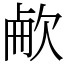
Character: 欳